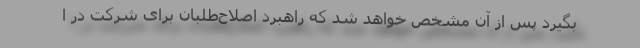
بگیرد پس از آن مشخص خواهد شد که راهبرد اصلاح‌طلبان برای شرکت در ا